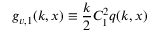
g _ { v , 1 } ( k , x ) \equiv \frac { k } { 2 } C _ { 1 } ^ { 2 } q ( k , x )